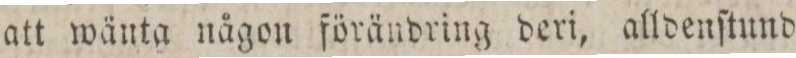
att wänta någon ſörändring deri, alldenſtund